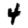
Digit: 4